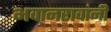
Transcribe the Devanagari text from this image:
भवानरावांनी